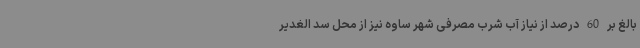
بالغ بر 60 درصد از نیاز آب شرب مصرفی شهر ساوه نیز از محل سد الغدیر